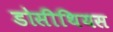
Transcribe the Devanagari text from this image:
डोसीथियस